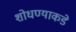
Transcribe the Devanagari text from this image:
शोधण्याकडे